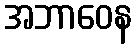
အဘာဝေန